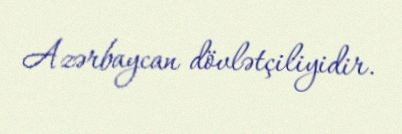
Azərbaycan dövlətçiliyidir.